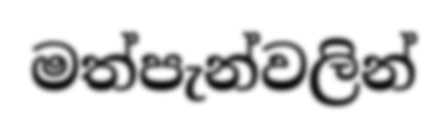
මත්පැන්වලින්